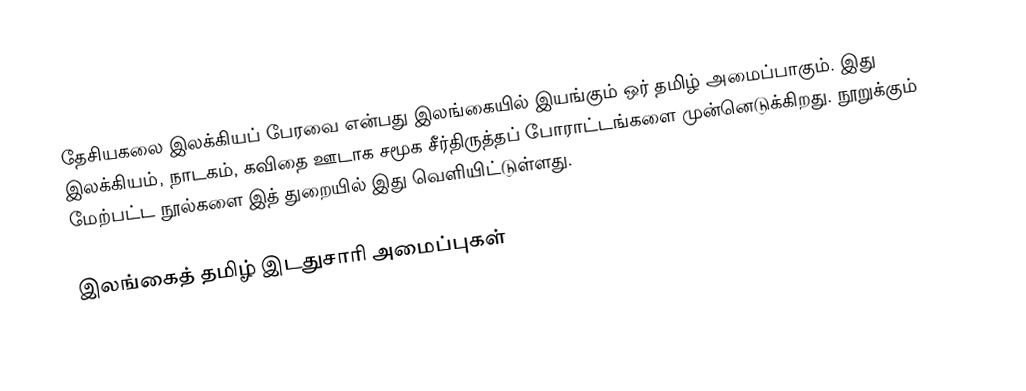
தேசியகலை இலக்கியப் பேரவை என்பது இலங்கையில் இயங்கும் ஒர் தமிழ் அமைப்பாகும்.  இது இலக்கியம், நாடகம், கவிதை ஊடாக சமூக சீர்திருத்தப் போராட்டங்களை முன்னெடுக்கிறது.  நூறுக்கும் மேற்பட்ட நூல்களை இத் துறையில் இது வெளியிட்டுள்ளது.

இலங்கைத் தமிழ் இடதுசாரி அமைப்புகள்